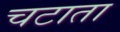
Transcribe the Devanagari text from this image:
चटाता